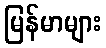
မြန်မာများ